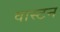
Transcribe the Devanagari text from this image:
वास्टन